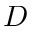
D